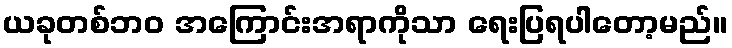
ယခုတစ်ဘဝ အကြောင်းအရာကိုသာ ရေးပြရပါတော့မည်။